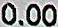
0.00